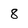
Character: 8